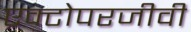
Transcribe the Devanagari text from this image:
एक्टोपरजीवी